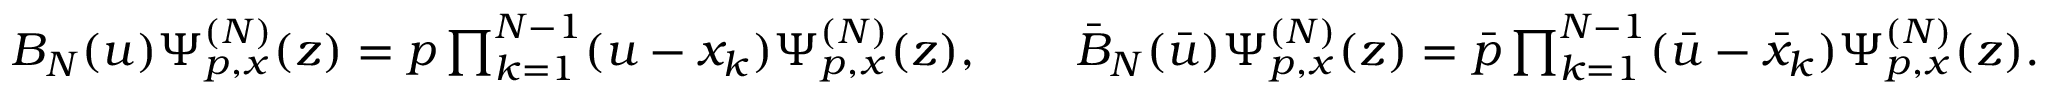
\begin{array} { r } { B _ { N } ( u ) \Psi _ { p , x } ^ { ( N ) } ( z ) = p \prod _ { k = 1 } ^ { N - 1 } ( u - x _ { k } ) \Psi _ { p , x } ^ { ( N ) } ( z ) , \qquad \bar { B } _ { N } ( \bar { u } ) \Psi _ { p , x } ^ { ( N ) } ( z ) = \bar { p } \prod _ { k = 1 } ^ { N - 1 } ( \bar { u } - \bar { x } _ { k } ) \Psi _ { p , x } ^ { ( N ) } ( z ) . } \end{array}